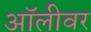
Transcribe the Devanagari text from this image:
ऑलीवर